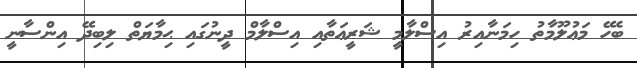
ބެހޭ މަޢުލޫމާތު ހިމަނާއިރު އިސްލާމީ ޝަރީޢަތާއި އިސްލާމް ދީނުގައި ޙިމާޔަތް ލިބިދޭ އިންސާނީ